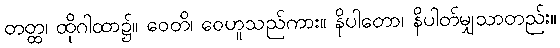
တတ္ထ၊ ထိုဂါထာ၌။ ဝေတိ၊ ဝေဟူသည်ကား။ နိပါတော၊ နိပါတ်မျှသာတည်း။